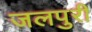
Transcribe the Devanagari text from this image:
जलपुरी